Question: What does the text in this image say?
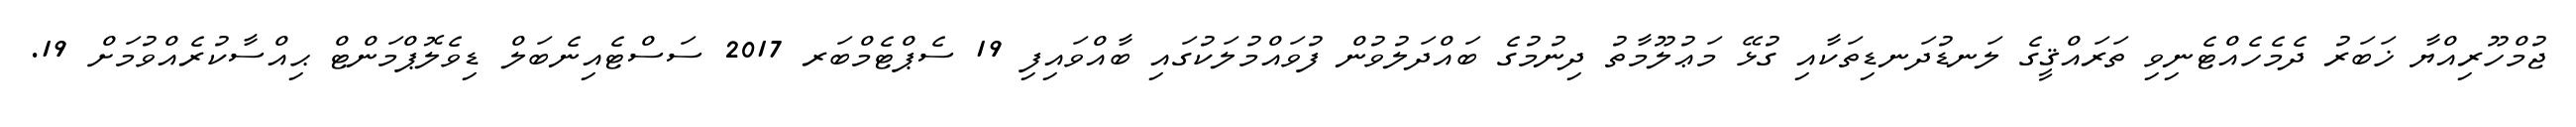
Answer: ޖުމްހޫރިއްޔާ ޚަބަރު ދެމެހެއްޓެނިވި ތަރައްޤީގެ ލަނޑުދަނޑިތަކާއި ގުޅޭ މަޢުލޫމާތު ދިނުމުގެ ބައްދަލުވުން ފުވައްމުލަކުގައި ބާއްވައިފި 19 ސެޕްޓެމްބަރ 2017 ސަސްޓެއިނެބަލް ޑިވެލޮޕްމަންޓް ޙިއްސާކުރެއްވުމަށް 19.